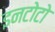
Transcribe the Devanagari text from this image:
इनटोटो